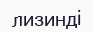
лизинді